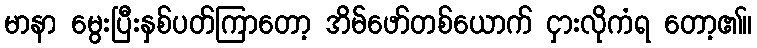
မာနာ မွေးပြီးနှစ်ပတ်ကြာတော့ အိမ်ဖော်တစ်ယောက် ငှားလိုကံရ တော့၏။